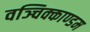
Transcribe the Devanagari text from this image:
वञ्चिक्काण्डम